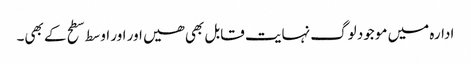
ادارہ میں موجود لوگ نہایت قابل بھی ھیں اور اور اوسط سطح کے بھی۔